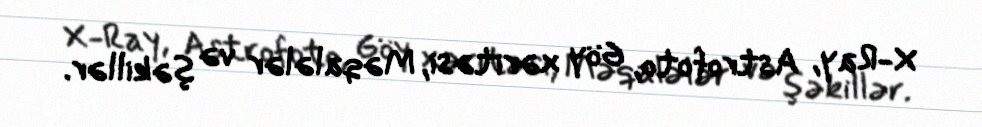
X-Ray, Astrofoto, Göy xəritəsi, Məqalələr və şəkillər.